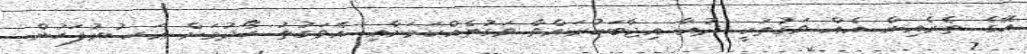
އޭގެ ތެރެއިން އެއް ވަގުތަކީ ދުޢާ އިޖާބަކުރައްވާ ވަގުތެއްކަމަށާއި އެވަގުތު ހޯދުމަށް ޢަޞުރުފަހުން